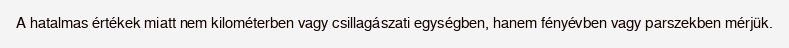
A hatalmas értékek miatt nem kilométerben vagy csillagászati egységben, hanem fényévben vagy parszekben mérjük.